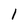
Character: 1